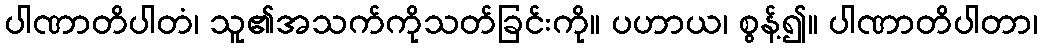
ပါဏာတိပါတံ၊ သူ၏အသက်ကိုသတ်ခြင်းကို။ ပဟာယ၊ စွန့်၍။ ပါဏာတိပါတာ၊